65_HS1-834228961_62-HQ-83894_Section_3
Agency: FBI
Page 32
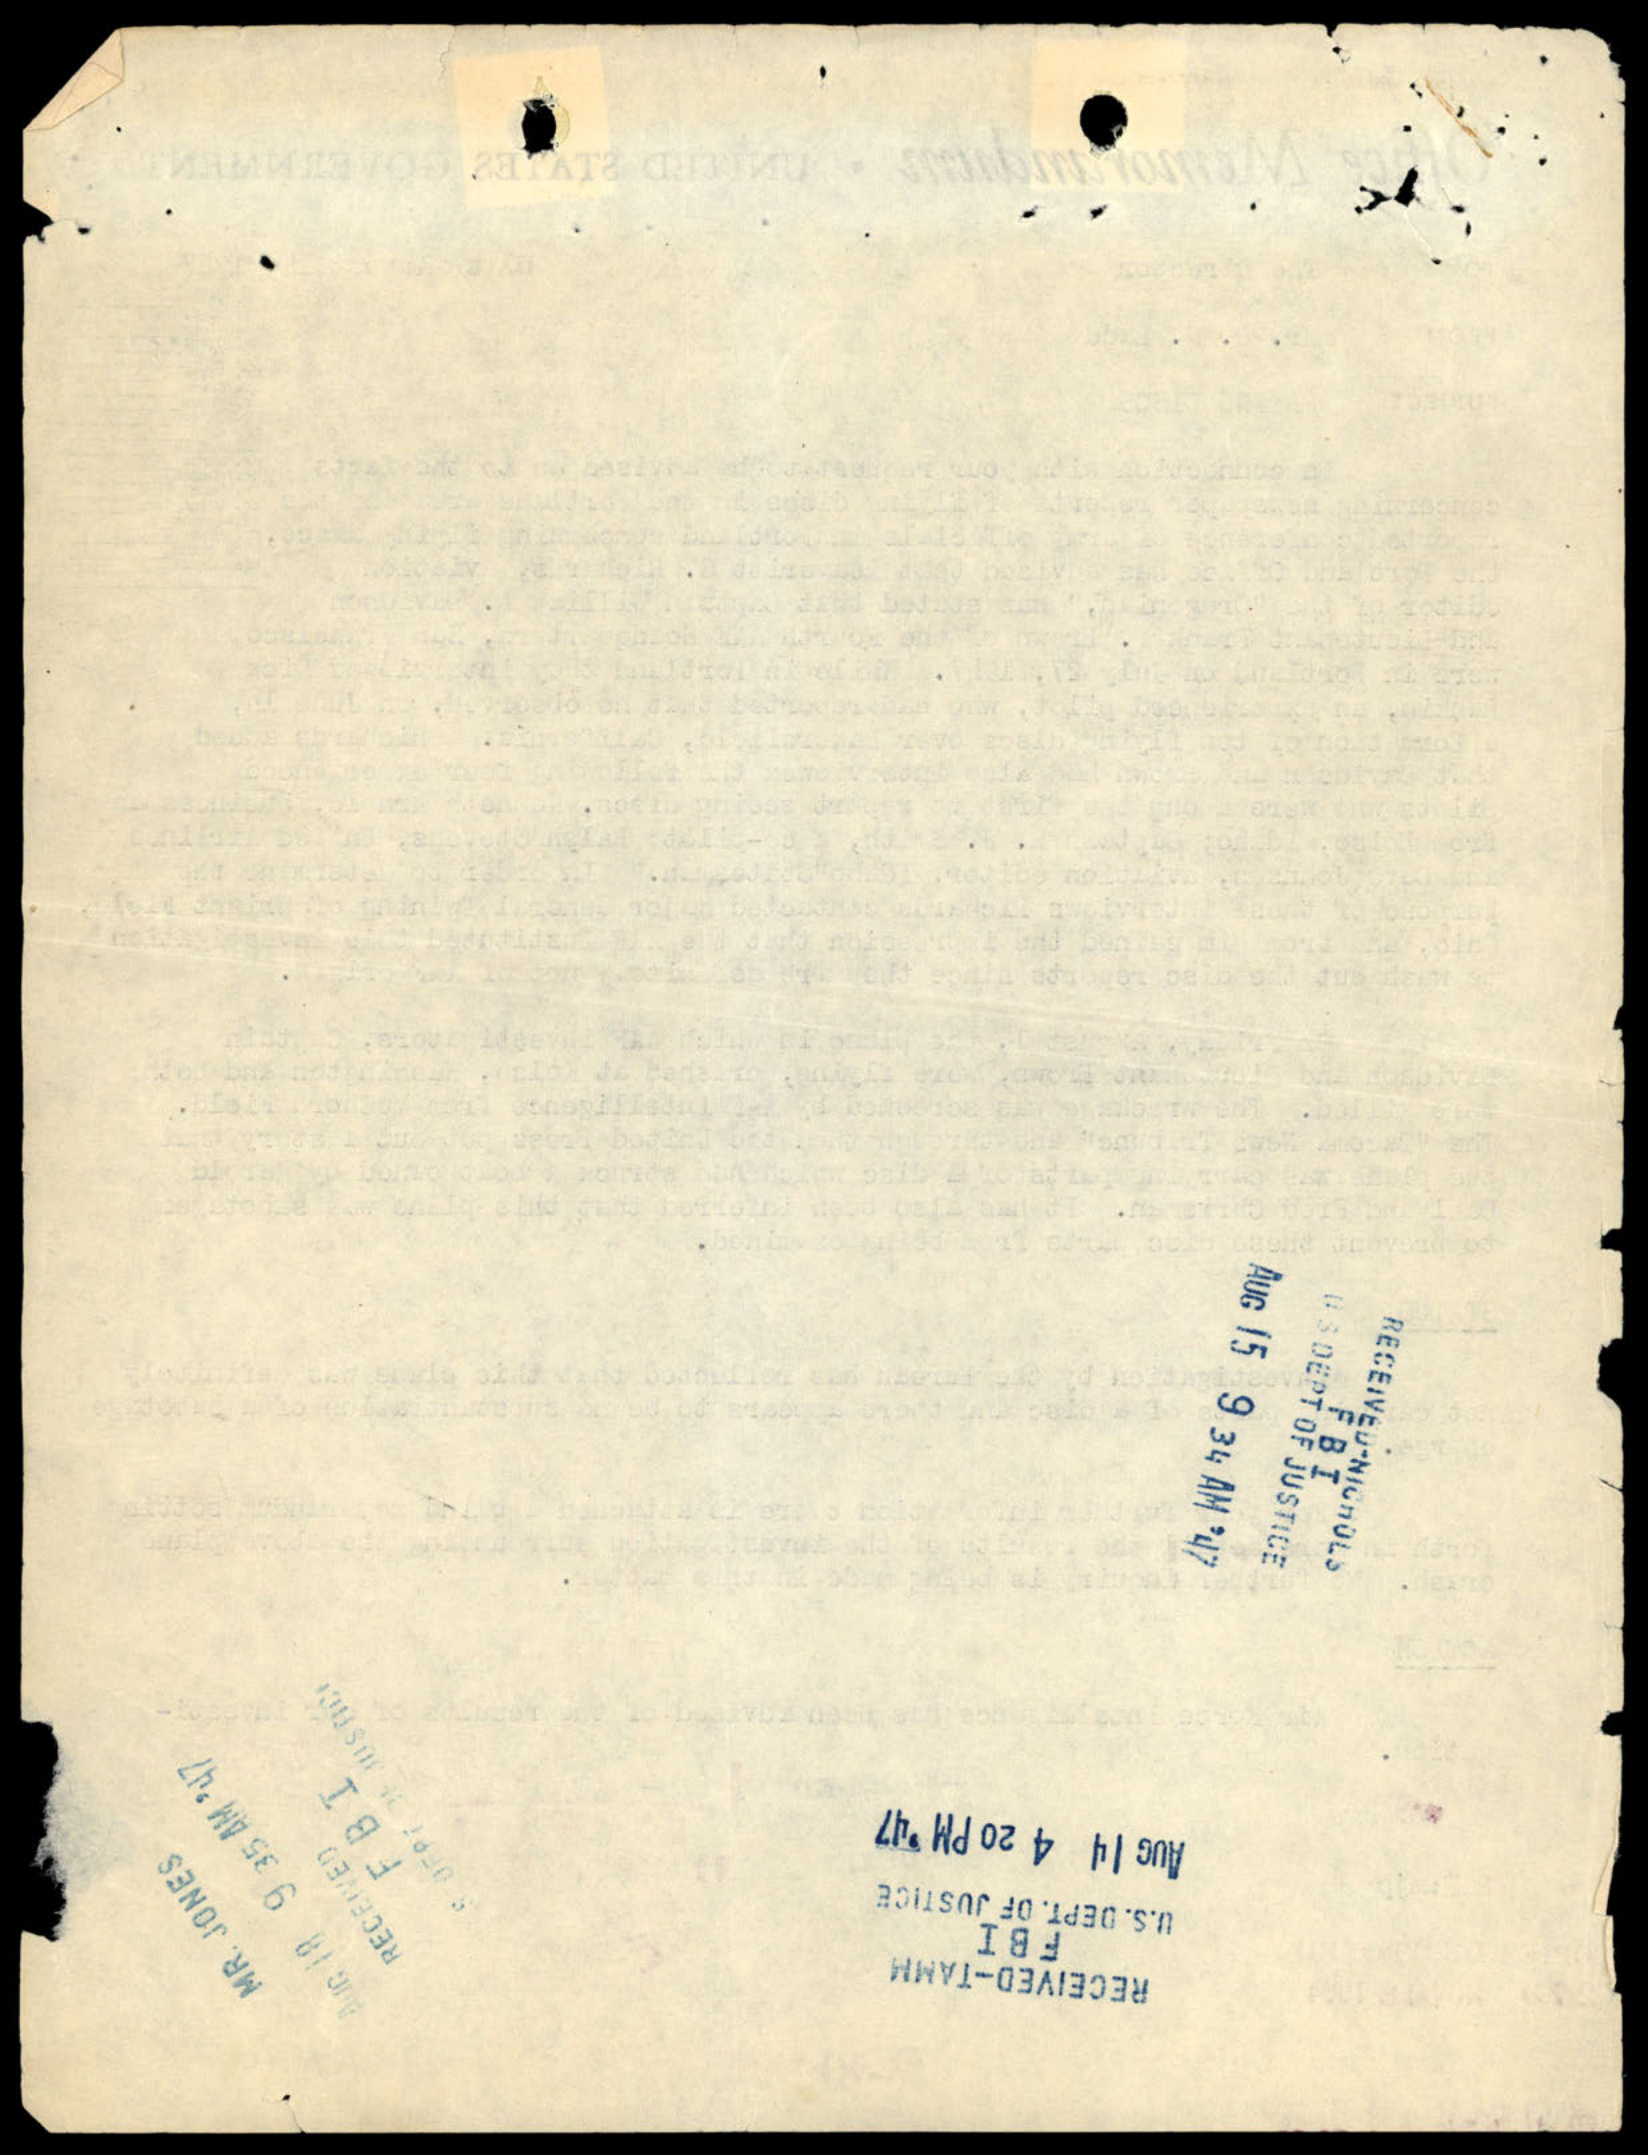